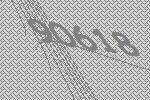
90618